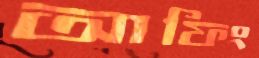
আফিং